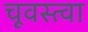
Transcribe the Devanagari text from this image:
चूवस्त्वा